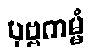
ပုဗ္ဗကမ္မံ